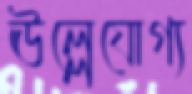
ঊল্লেযোগ্য